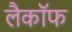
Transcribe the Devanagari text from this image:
लैकॉफ